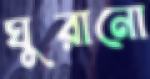
ঘুরানো